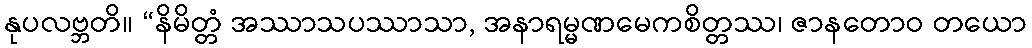
နုပလဗ္ဘတိ။ “နိမိတ္တံ အဿာသပဿာသာ, အနာရမ္မဏမေကစိတ္တဿ၊ ဇာနတောဝ တယော